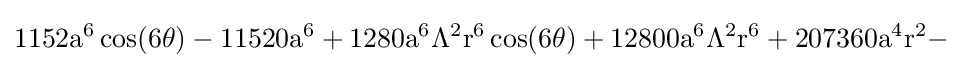
{\rm {1152a^{6}\cos(6\theta )-11520a^{6}+1280a^{6}\Lambda ^{2}r^{6}\cos(6\theta )+12800a^{6}\Lambda ^{2}r^{6}+207360a^{4}r^{2}-}}